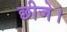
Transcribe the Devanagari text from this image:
छीजे।